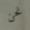
نحن